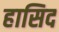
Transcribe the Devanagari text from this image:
हासिद